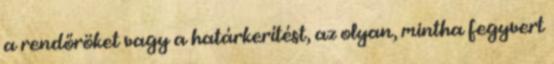
a rendőröket vagy a határkerítést, az olyan, mintha fegyvert